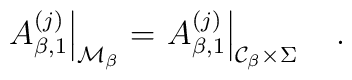
\left.A_{\beta,1}^{(j)}\right|_{{\cal M}_\beta}=\left.A_{\beta,1}^{(j)}\right|_{{\cal  C}_\beta\times\Sigma}~~~.